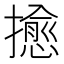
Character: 𢷀